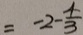
= - 2 - \frac { 4 } { 3 }